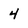
Character: 4